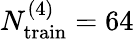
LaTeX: N_{\mathrm{train}}^{(4)}=64